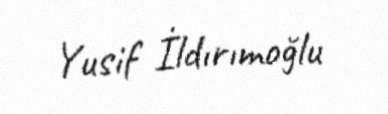
Yusif İldırımoğlu